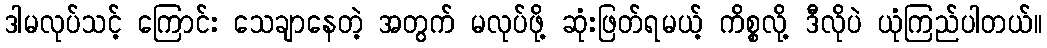
ဒါမလုပ်သင့် ကြောင်း သေချာနေတဲ့ အတွက် မလုပ်ဖို့ ဆုံးဖြတ်ရမယ့် ကိစ္စလို့ ဒီလိုပဲ ယုံကြည်ပါတယ်။